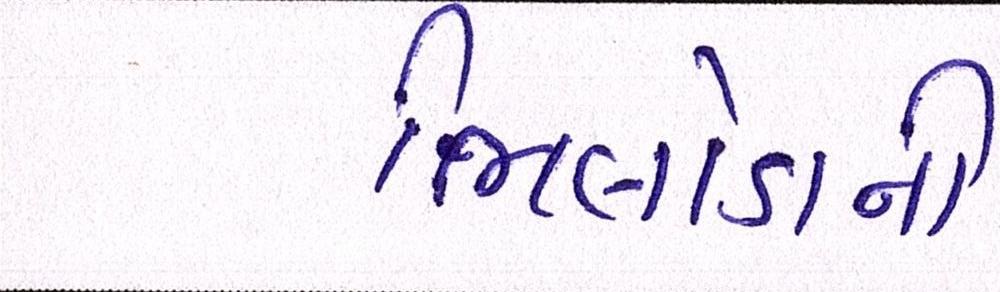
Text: ભિલોડાની